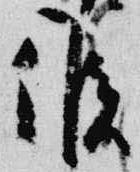
候